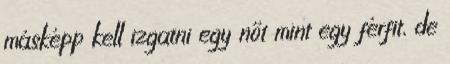
másképp kell izgatni egy nőt mint egy férfit, de